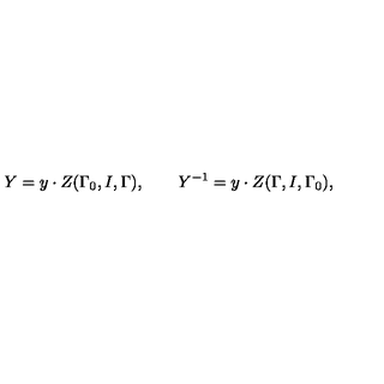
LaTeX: Y = y \cdot Z ( \Gamma _ { 0 } , I , \Gamma ) , \mathbf { \qquad } Y ^ { - 1 } = y \cdot Z ( \Gamma , I , \Gamma _ { 0 } ) ,